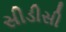
સીડીસી